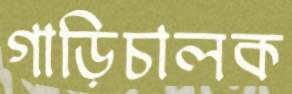
গাড়িচালক